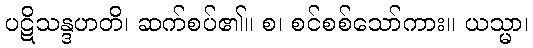
ပဋိသန္ဒဟတိ၊ ဆက်စပ်၏။ စ၊ စင်စစ်သော်ကား။ ယသ္မာ၊